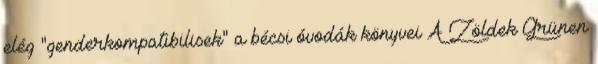
elég "genderkompatibilisek" a bécsi óvodák könyvei A Zöldek Grünen